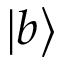
\left| b \right\rangle